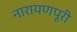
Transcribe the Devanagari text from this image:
नारायणपूरी